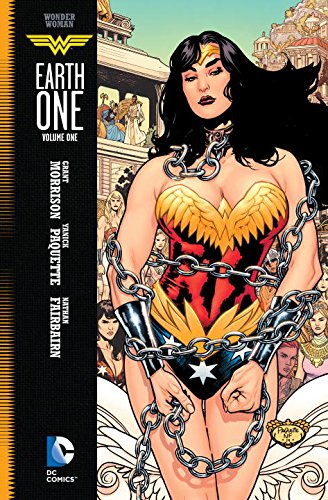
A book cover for Wonder Woman: Earth One Vol. 1; Grant Morrison; Comics & Graphic Novels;